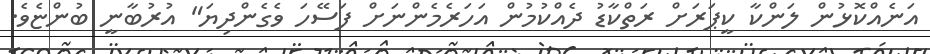
އަނެއްކޮޅުން ލަންކާ ކީޕަރަށް ރަތްކާޑު ދެއްކުމުން އަހަރެމެންނަށް ފަސޭހަ ވެގެންދިޔަ" އުރުބާނީ ބުންޏެވެ.